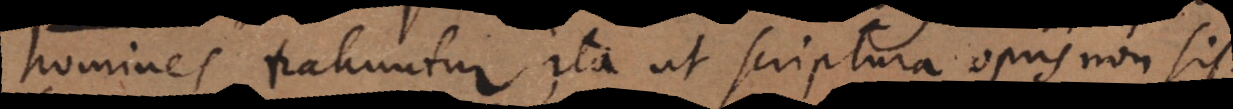
homines trahuntur, ita ut scriptura opus non sit.